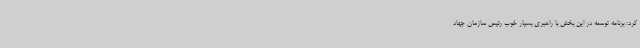
کرد: برنامه توسعه در این بخش با راهبری بسیار خوب رئیس سازمان جهاد